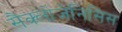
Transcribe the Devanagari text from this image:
सैक्लोजेनिसिस